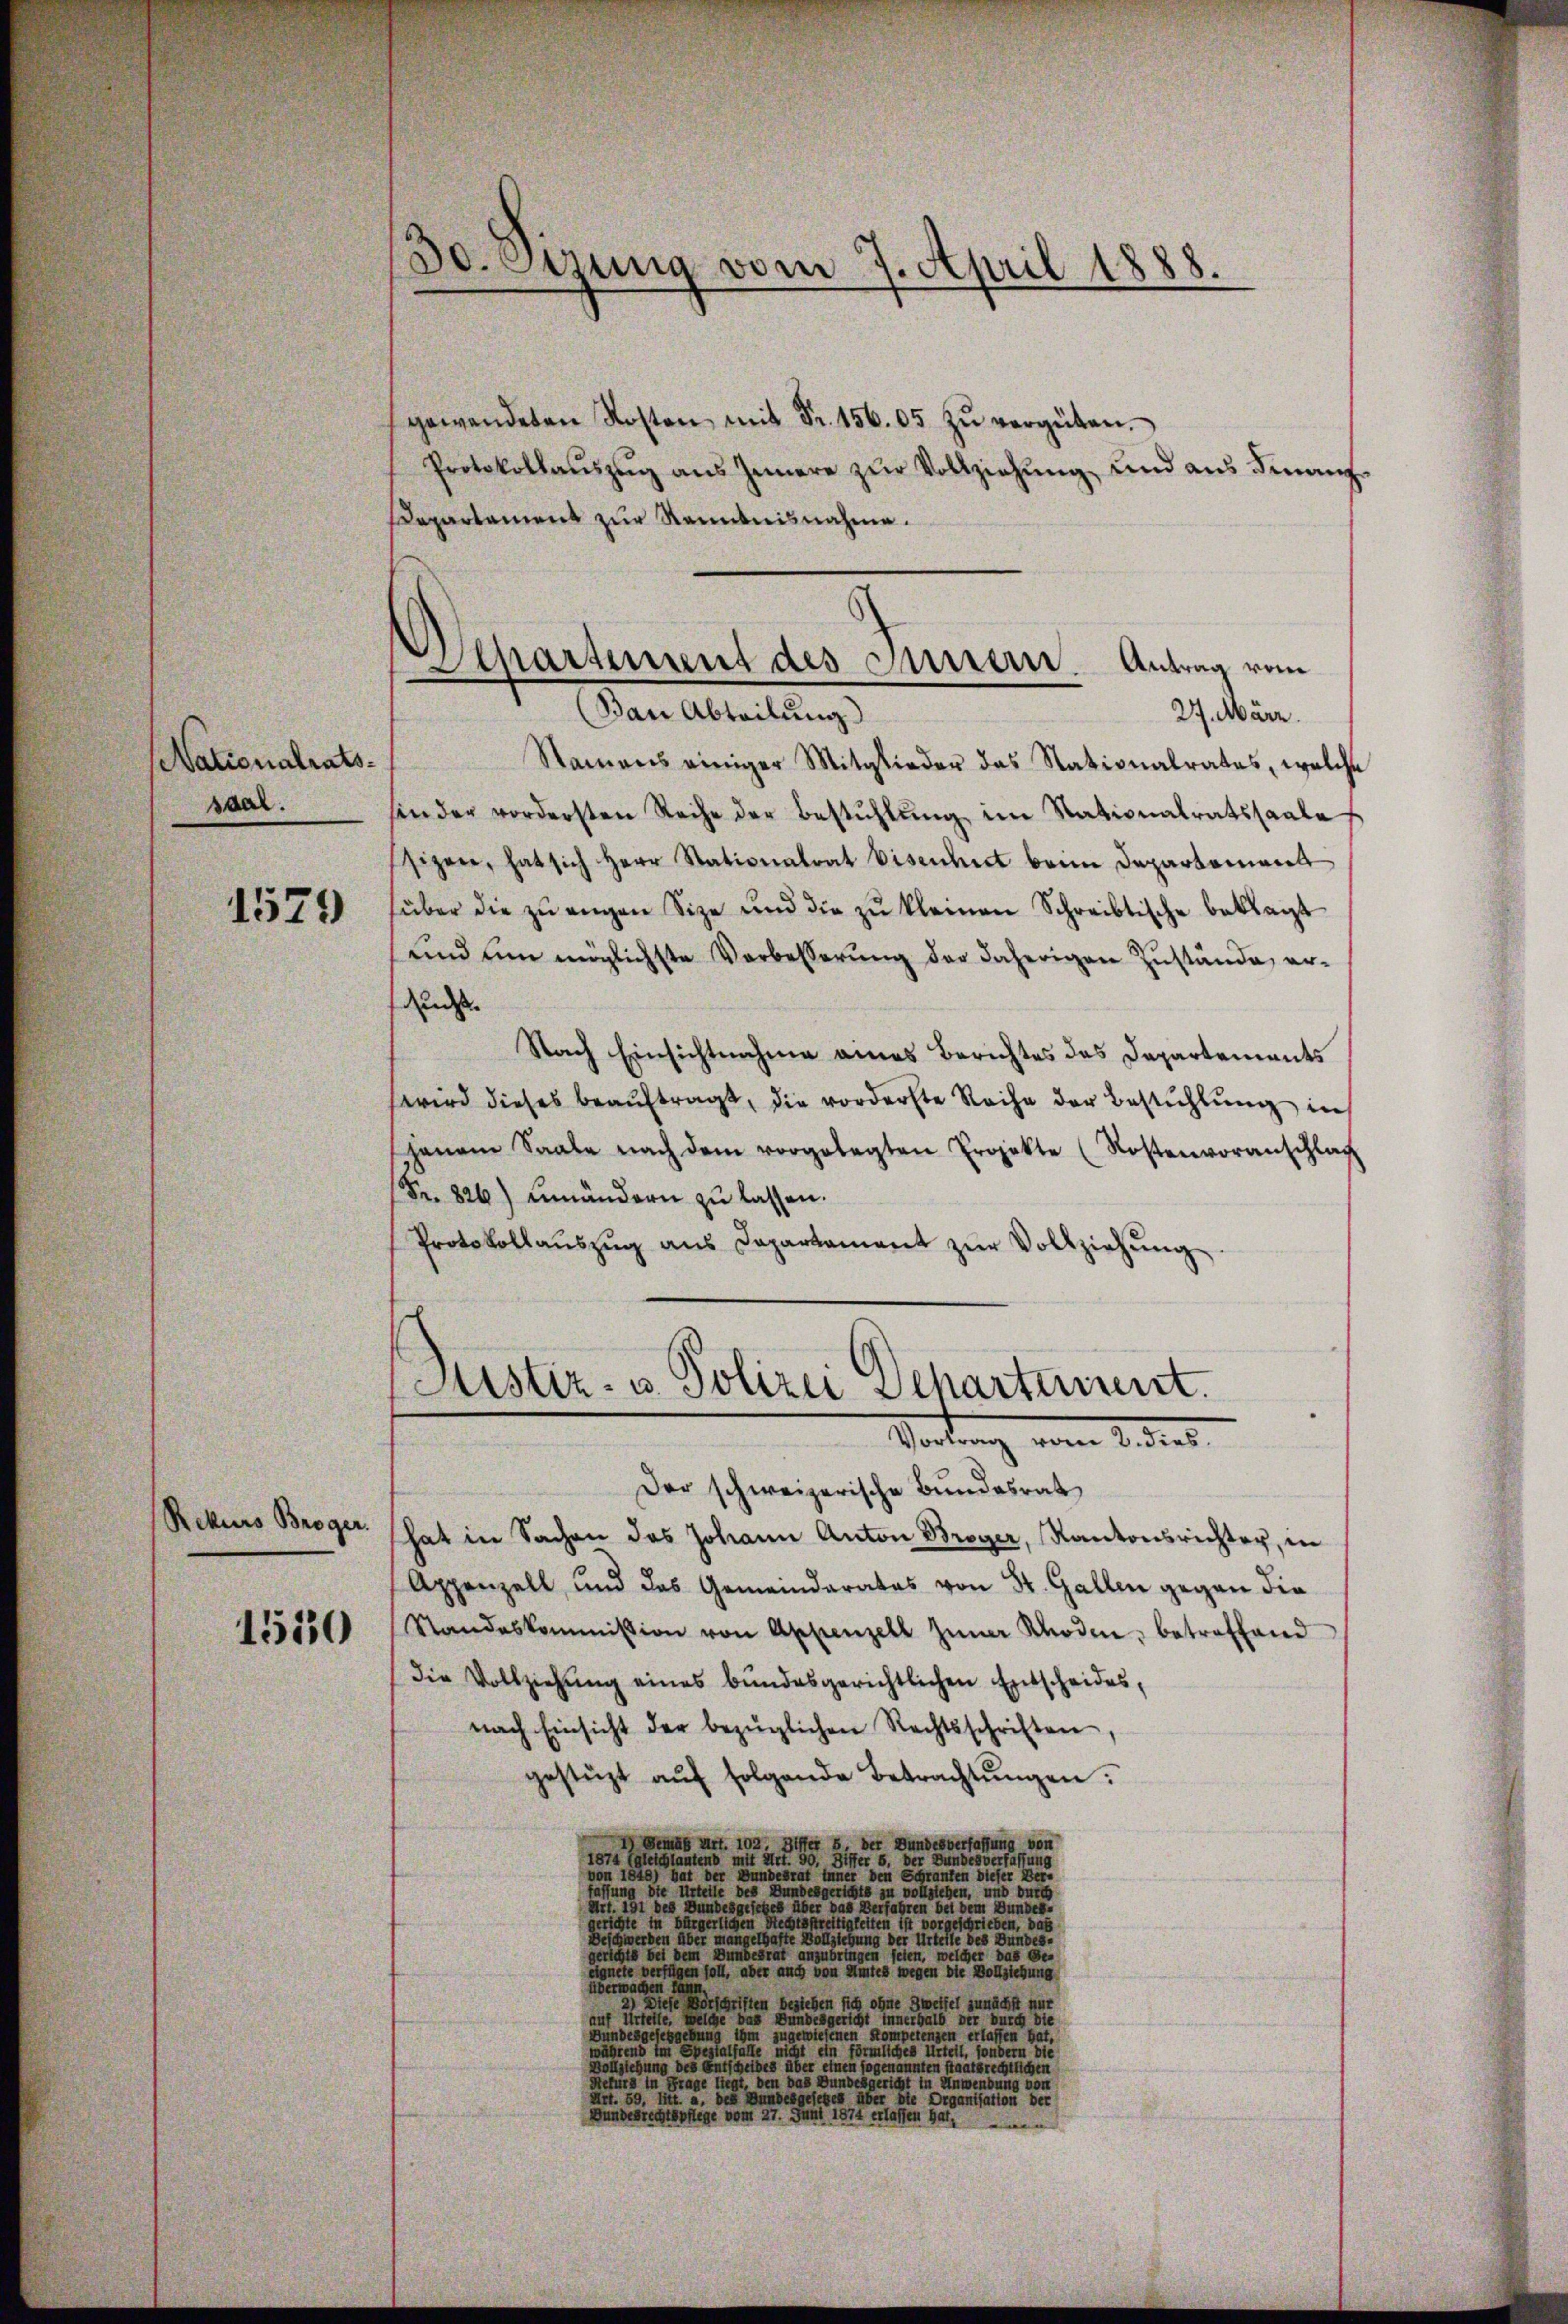
Nationalrats.
saal.

1579

Rekurs Broger.

1550

30. Etzung vom 7. April 1888.

gewendeten Kosten mit Fr. 156. 05 zŭ vergüten.
Protokollaŭszŭg aŭs Innere zŭr Vollziehŭng und aŭs Finanz-
Departement zur Kenntnisnahme.
Namens einiger Mitglieder das Nationalrates, welche
sin der vordersten Reihe der Bestühlŭng im Stationalratssaale
sizen, hat sich Herr Stationalrat biscident beim Departement
süber die zŭ engen Size und die zŭ kleinen Schreibtische beklagt
und um möglichste Verbesserung der daherigen Zustände, erun
Nach Einsichtnahme eines Berichtes des Departements
wird dieses beaŭftragt, die vorderste Reihe der Bestühlung in
hanen Saale nach dem vorgelegten Projekte (Kostenvoranschlag
Fr. 826) umändern zŭ lassen.
Protokollaŭszŭg ans Capartament zŭr Vollziehŭng

Departement des Sursern. Antrag vom
Ban Abteilung
27. März.

Der schweizerische Bundesrat
hat in Sachen das Johann Anton Broger, Kantonsrichter, in
Appenzell und das Gemeinderates von St. Gallen gegen die
Standeskommission von Appenzell jener Rhoden, betreffend
die Vollziehŭng eines bundesgerichtlichen Entscheides,
nach Einsicht der bezüglichen Rechtsschriften
gestüzt aŭf folgende Betrachtŭngen.
) Dem Art. 102. Der B. der Bundesverfassung von
1874 (gleichtantens mit Art. 90, Differ 5. der Bundesverfassung
von 1848) hat der Bundesrat tener den Schranken dieser Ber-
fassung die Urteile des Bundesgerichts zu vollziehen, und durch
Art. 191 des Bundesgefebes über das erfahren bei dem Bundesgerichte in bürgerlichen Rechtsfreitigkeiten ist vorgeschrieben, das
Beschwerden über mangelhafte Vollziehung der Urteile des Bundes-
gerichte bei dem Bundesrat anzubringen seien, welcher das de
eignete verfügen soll, aber auch von Wintes wegen die Vollziehung
überwachen Tann
2) Diese erschriften beziehen sich ohne Zweifel zunächst nur
auf Urteile. Welche die Bundesgericht innerhalb wir durch die
Bundesgeschgebung ihm zugewiesenen Kompetenzen erlassen hat,
während im Spezialfalle nicht ein förmliches Urteil, sondern die
Vollziehung des Entscheibes über einen sogenannten staatsrechtlichen
Sefürs in Frage liegt, den das Bundesgericht in Anwendung von
Art. 59, litt. u. des Bundesgesetzes über die Organisation der
Bundesregistege vom 21. Juni 1844 erlassen hat,

Sistiz- u. Polizei Separteisent.
Vartung vom 2. dies